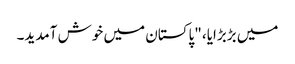
میں بڑبڑایا، "پاکستان میں خوش آمدید۔